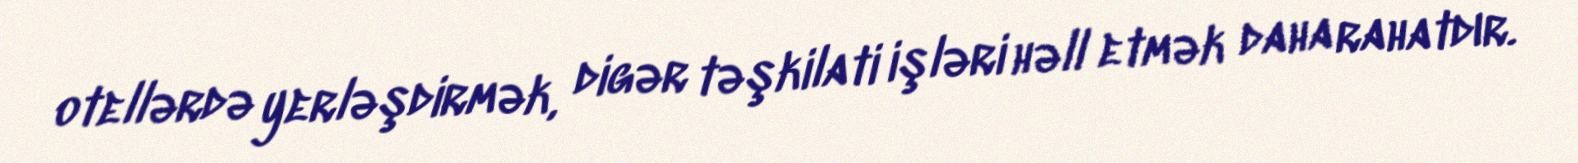
otellərdə yerləşdirmək, digər təşkilati işləri həll etmək daha rahatdır.